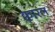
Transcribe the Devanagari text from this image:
क्वारल